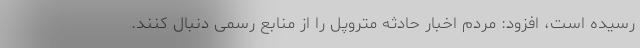
رسیده است، افزود: مردم اخبار حادثه متروپل را از منابع رسمی دنبال کنند.